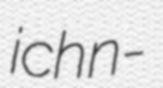
ichn-